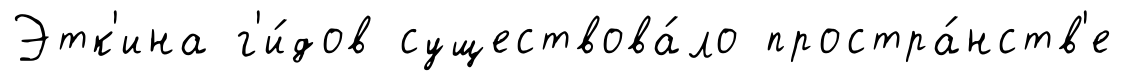
Этк'ина г'и́дов существова́ло простра́нств'е